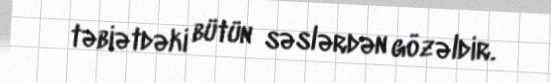
təbiətdəki bütün səslərdən gözəldir.